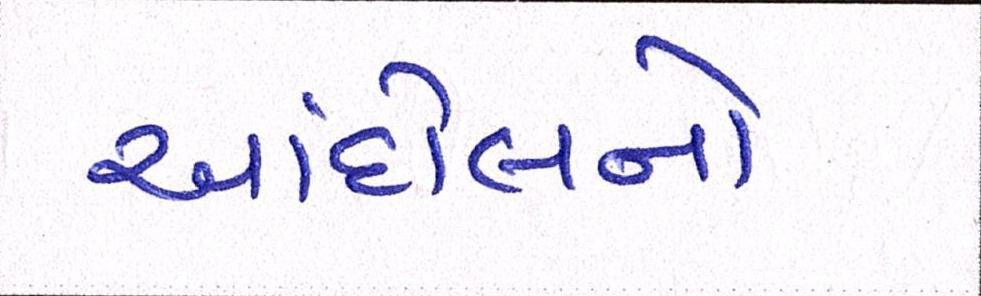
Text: આંદોલનો